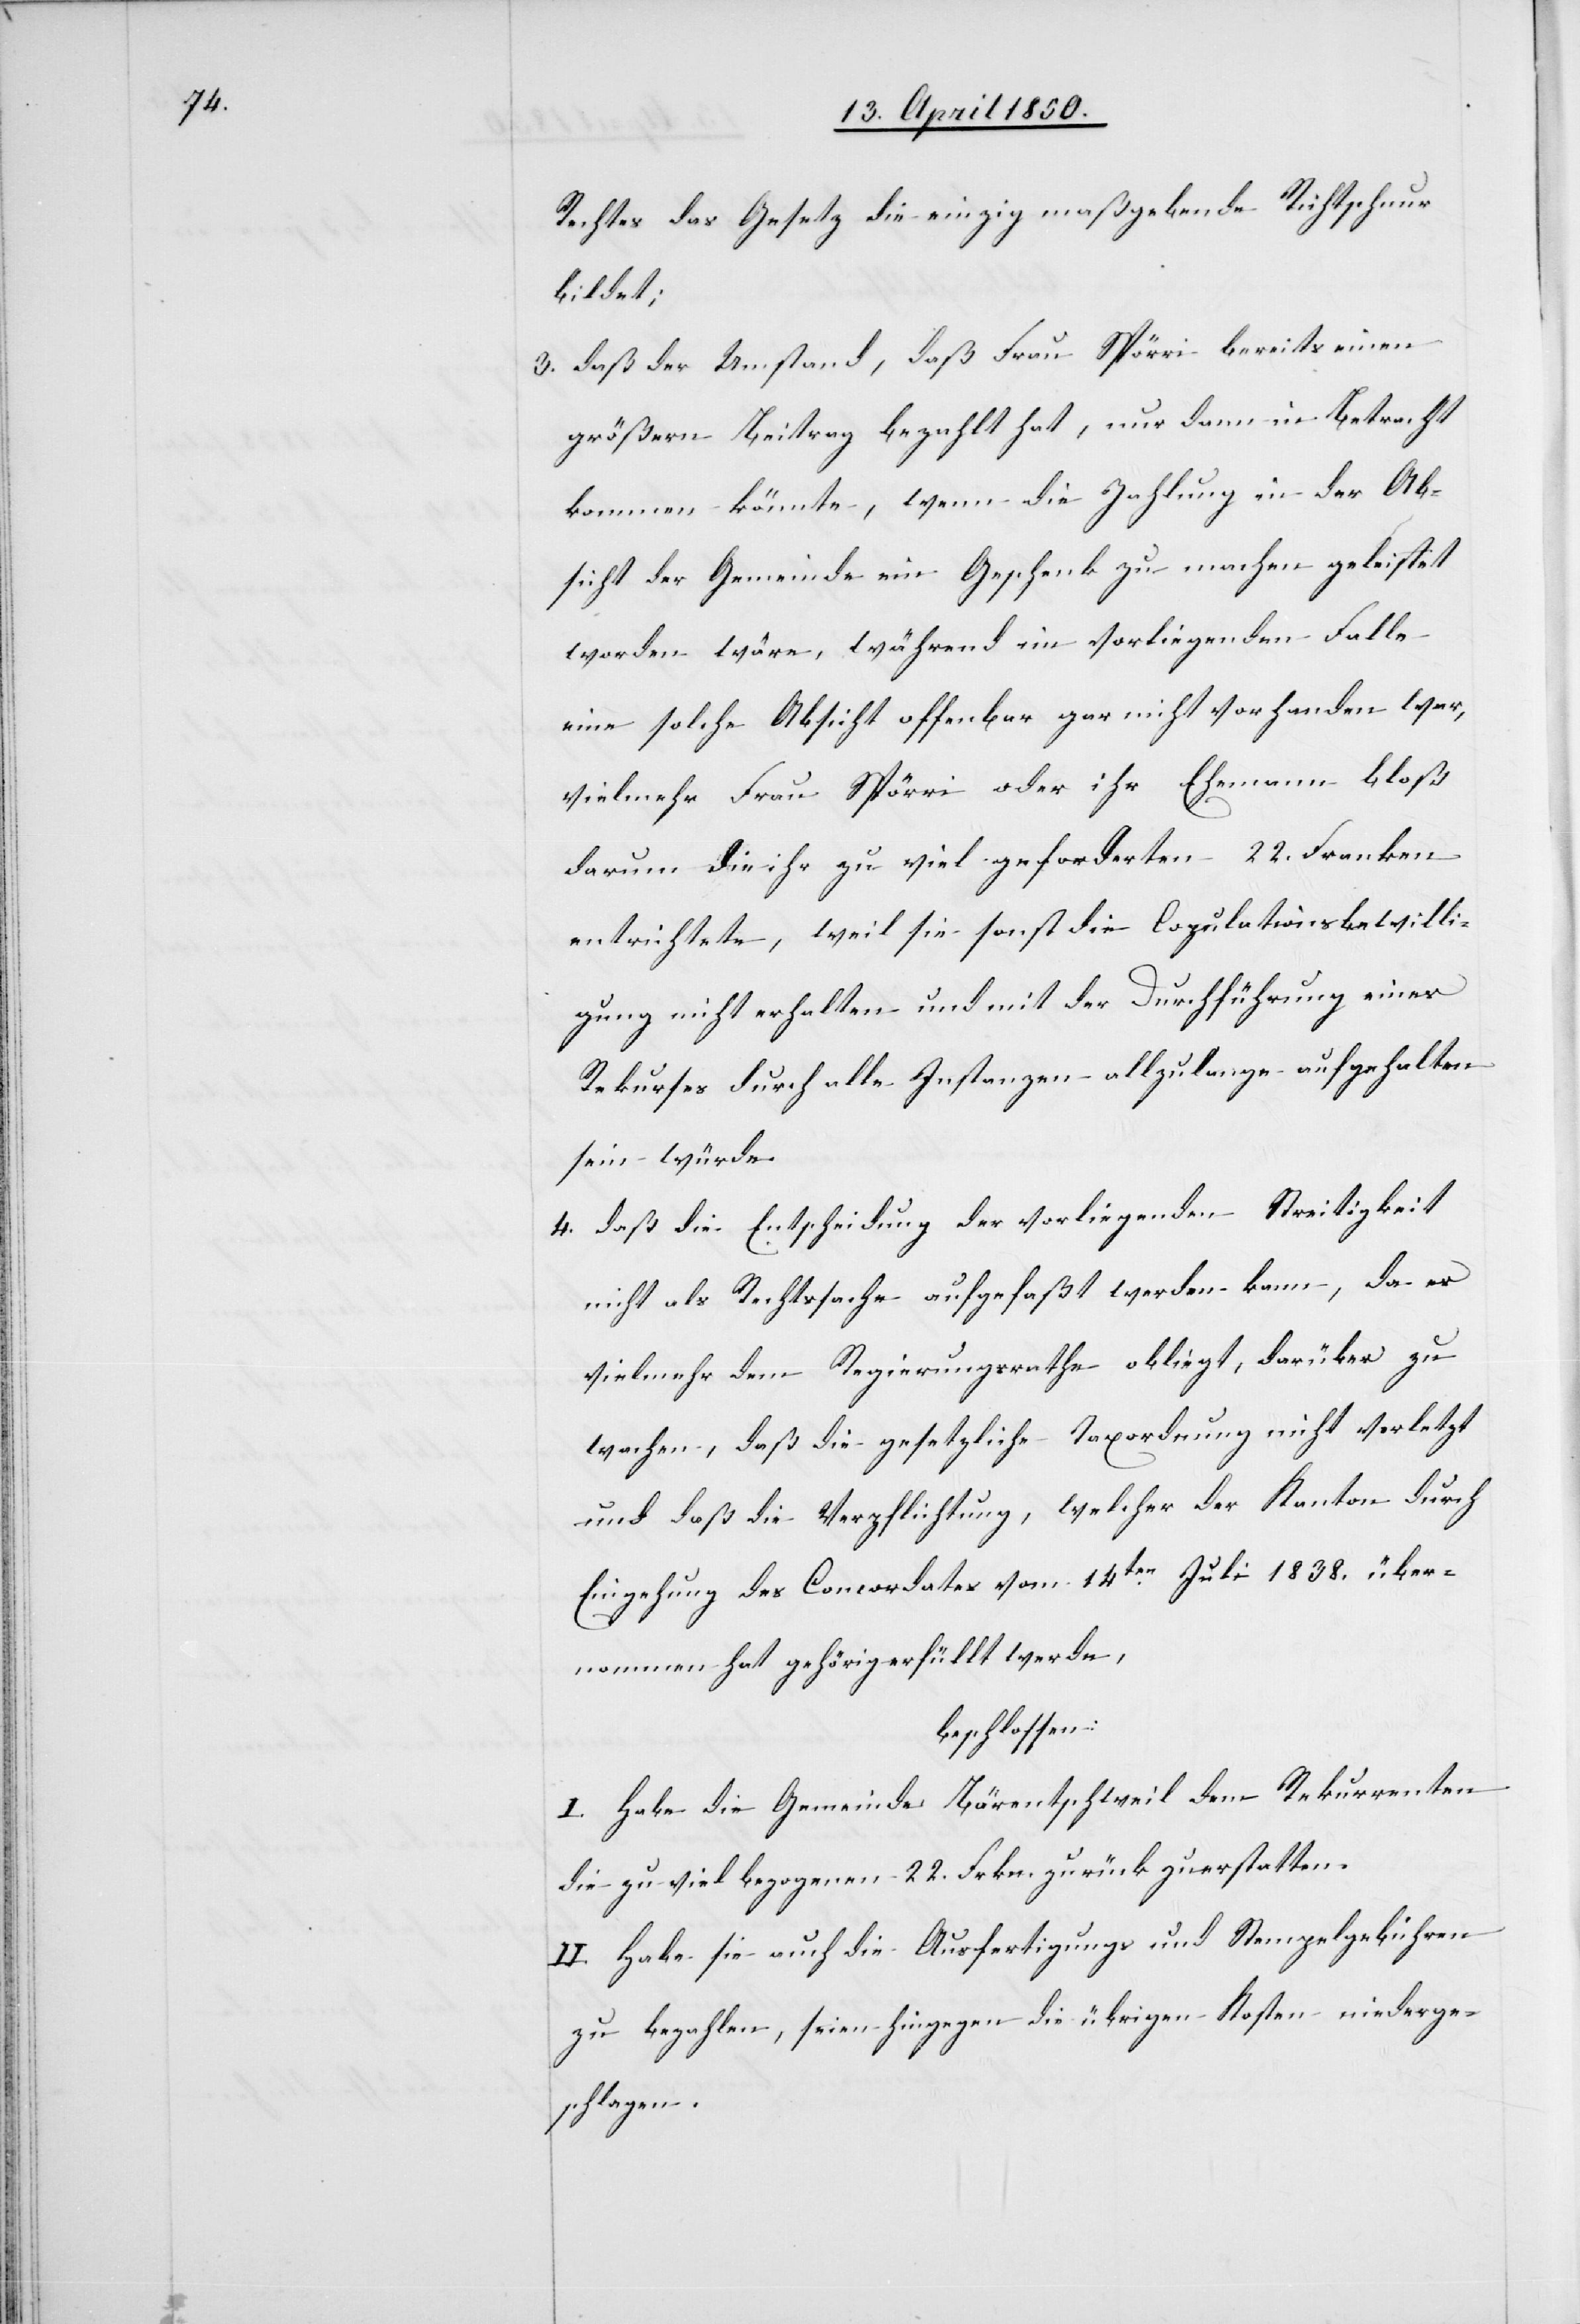
Rechtes das Gesetz die einzig maßgebende Richtschnur
bildet;
3. daß der Umstand, daß Frau Spörri bereits einen
größern Beitrag bezahlt hat, nur dann in Betracht
kommen könnte, wenn die Zahlung in der Ab¬
sicht der Gemeinde ein Geschenk zu machen geleistet
worden wäre, während im vorliegenden Falle
eine solche Absicht offenbar gar nicht vorhanden war,
vielmehr Frau Spörri oder ihr Ehemann bloß
darum die ihr zu viel geforderten 22. Franken
entrichtete, weil sie sonst die Copulationsbewilli¬
gung nicht erhalten und mit der Durchführung eines
Rekurses durch alle Instanzen allzulange aufgehalten
sein würde.
4. daß die Entscheidung der vorliegenden Streitigkeit
nicht als Rechtssache aufgefaßt werden kann, da es
vielmehr dem Regierungsrathe obliegt, darüber zu
wachen, daß die gesetzliche Taxordnung nicht verletzt
und daß die Verpflichtung, welcher der Kanton durch
Eingehung des Concordates vom 14ten Juli 1838. über¬
nommen hat gehörig erfüllt werde,
beschlossen:
I. Habe die Gemeinde Bärentschweil dem Rekurrenten
die zu viel bezogenen 22. Frkn. zurück zuerstatten.
II. Habe sie auch die Ausfertigungs[-] und Stempelgebühren
zu bezahlen, seien hingegen die übrigen Kosten niederge¬
schlagen.